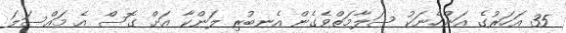
35 އަހަރުގެ އަންހެނަކު ސަލާމަތްވެގެން އެނބުރި ލަންކާ އަށް ގޮސް އެ މައްސަލަ